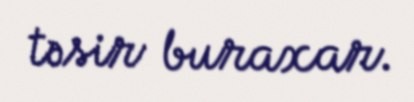
təsir buraxar.